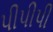
પીપીપી